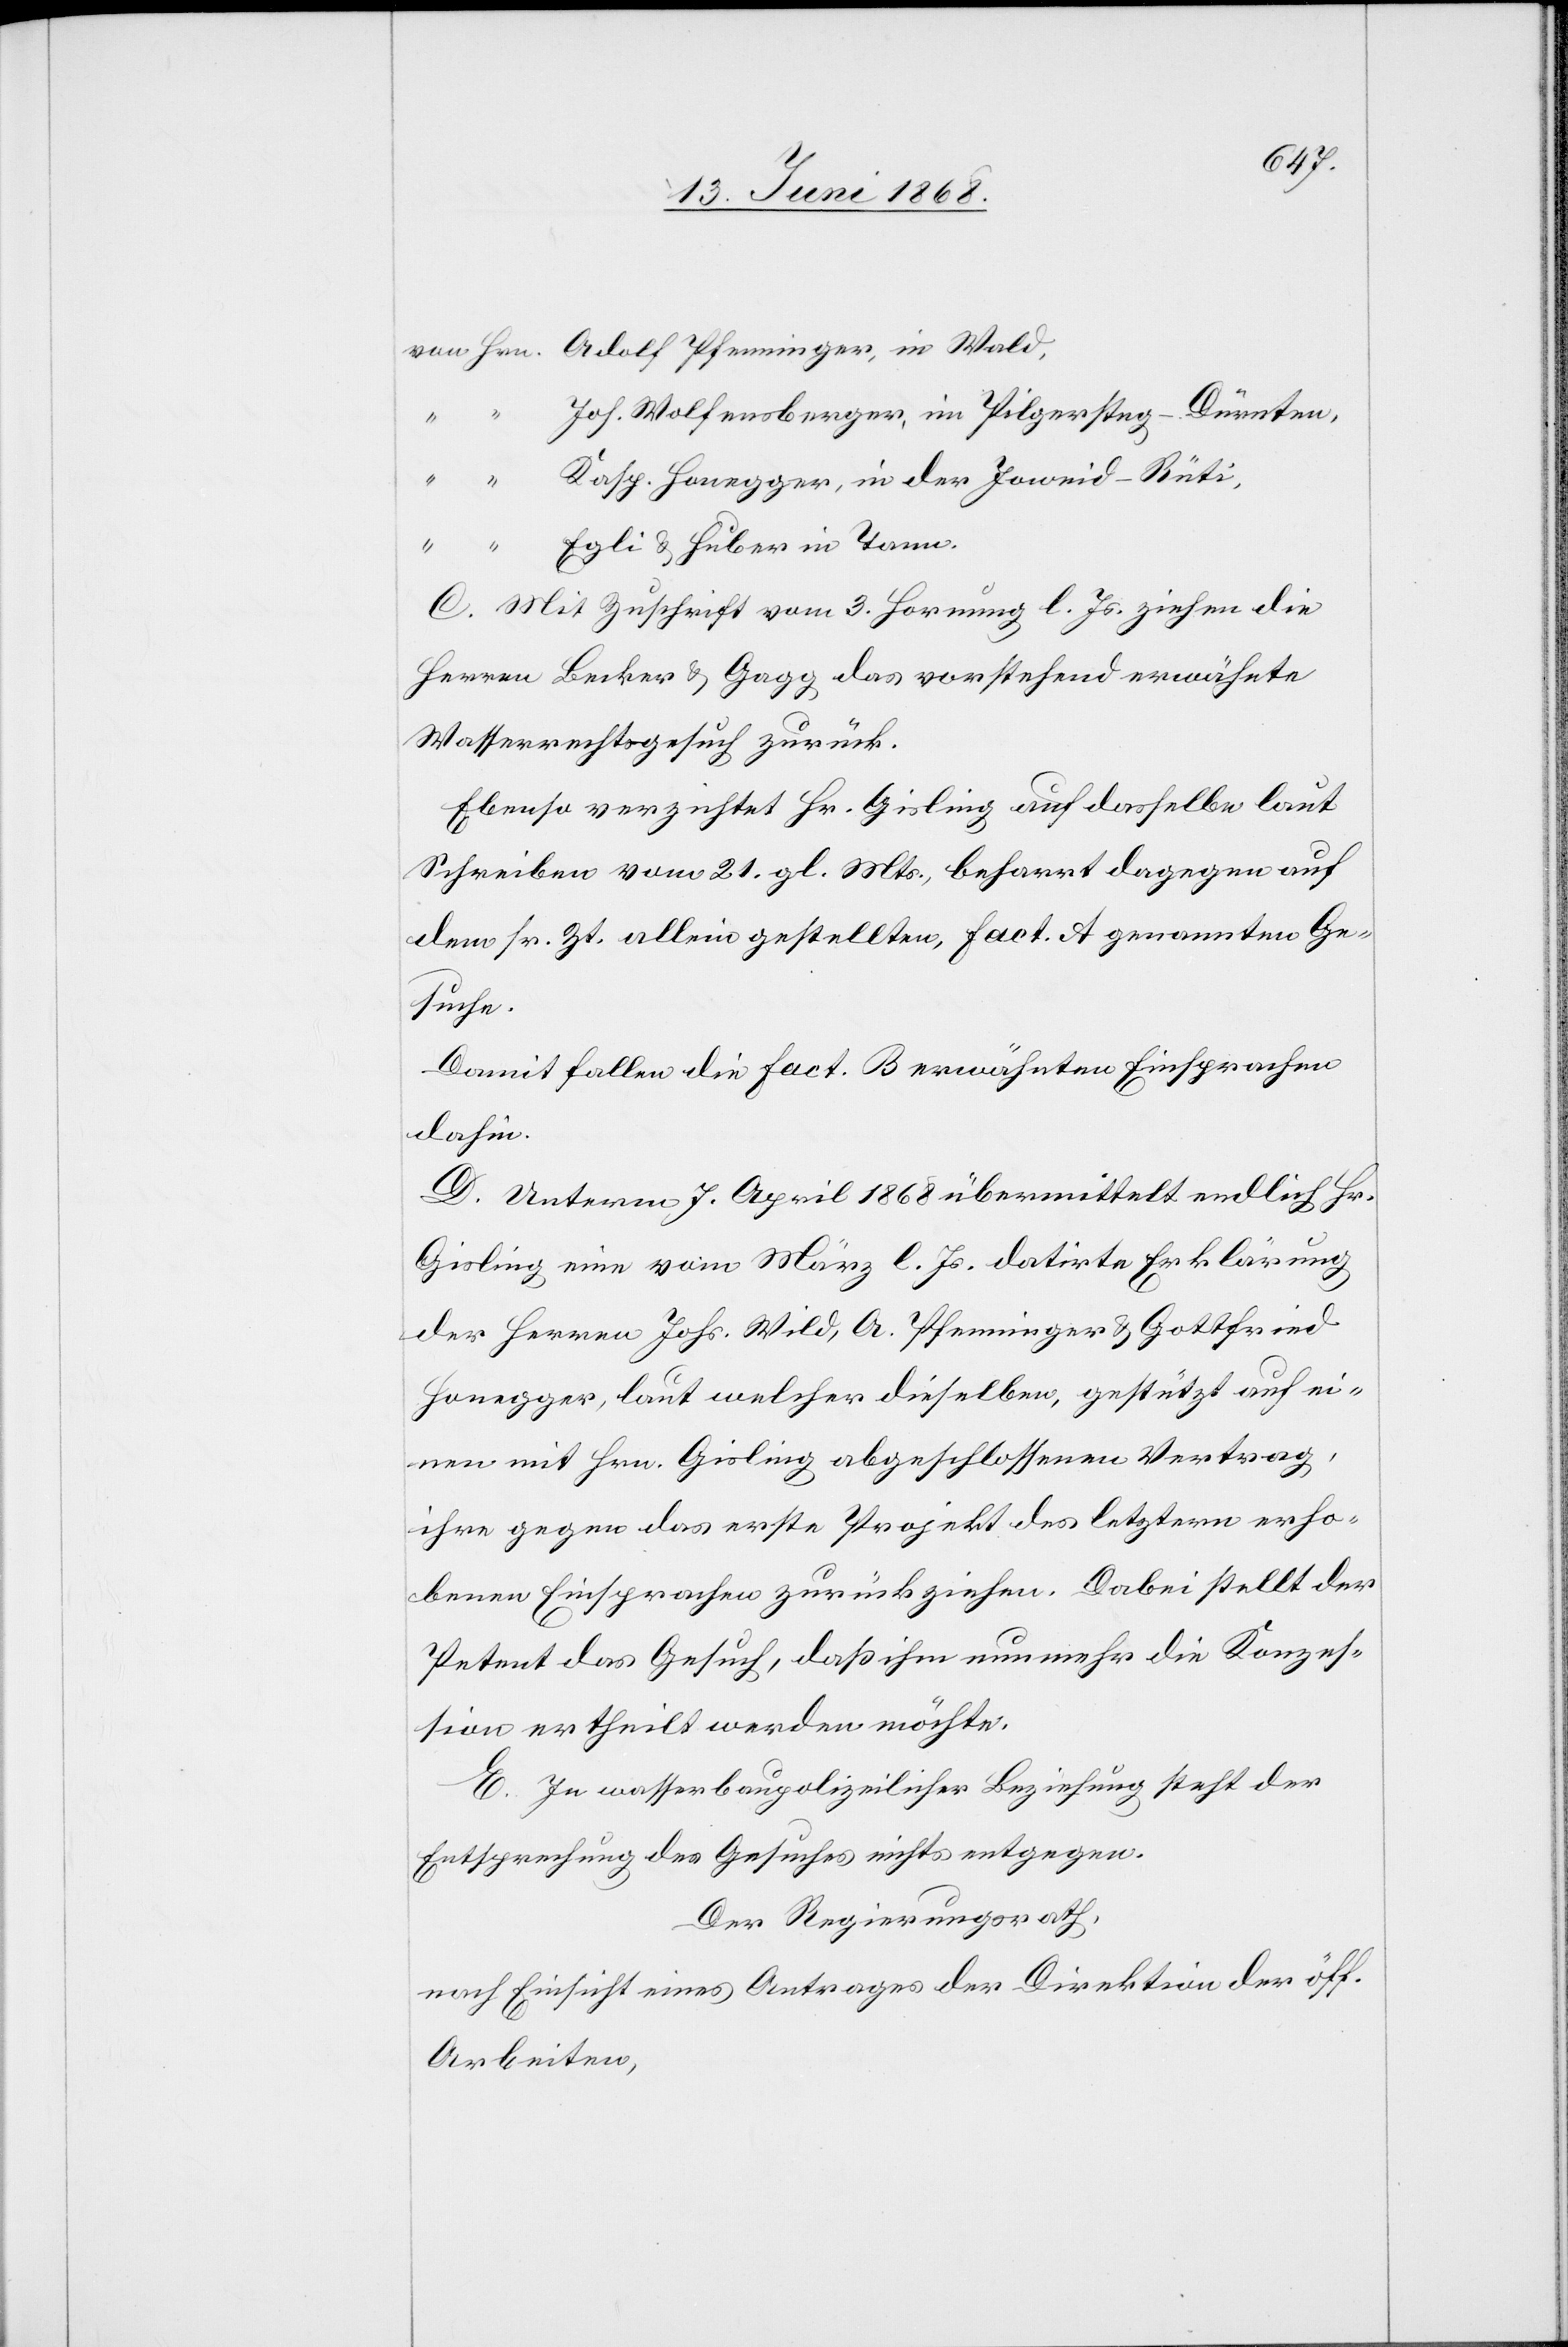
von Hrn. Adolf Pfenninger, in Wald,
Joh. Wolfensberger, im Pilgersteg-Dürnten,
Kasp. Honegger, in der Joweid-Rüti,
“ “ Egli & Huber in Tann.
C. Mit Zuschrift vom 3. Hornung l. Js. ziehen die
Herren Becker & Gagg das vorstehend erwähnte
Wasserrechtsgesuch zurück.
Ebenso verzichtet Hr. Gisling auf dasselbe laut
Schreiben vom 21. gl. Mts., beharrt dagegen auf
dem sr. Zt. allein gestellten, Fact. A genannten Ge¬
suche.
Damit fallen die Fact. B erwähnten Einsprachen
dahin.
D. Unterm 7. April 1868 übermittelt endlich Hr.
Gisling eine vom März l. Js. datirte Erklärung
der Herren Johs. Wild, A. Pfenninger & Gottfried
Honegger, laut welcher dieselben, gestützt auf ei¬
nen mit Hrn. Gisling abgeschlossenen Vertrag,
ihre gegen das erste Projekt des letztern erho¬
benen Einsprachen zurückziehen. Dabei stellt der
Petent das Gesuch, daß ihm nunmehr die Konzes¬
sion ertheilt werden möchte.
E. In wasserbaupolizeilicher Beziehung steht der
Entsprechung des Gesuches nichts entgegen.
Der Regierungsrath,
nach Einsicht eines Antrages der Direktion der öff.
Arbeiten,